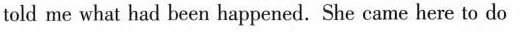
told me what had been happened. She came here to do